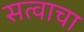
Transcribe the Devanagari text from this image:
सत्वाचा